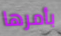
بأمرها